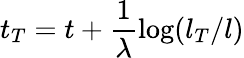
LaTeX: t_{T}=t+\frac{1}{\lambda}\log(l_{T}/l)